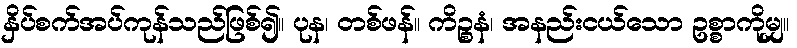
နှိပ်စက်အပ်ကုန်သည်ဖြစ်၍။ ပုန၊ တစ်ဖန်။ ကိဉ္စနံ၊ အနည်းငယ်သော ဥစ္စာကိုမျှ။